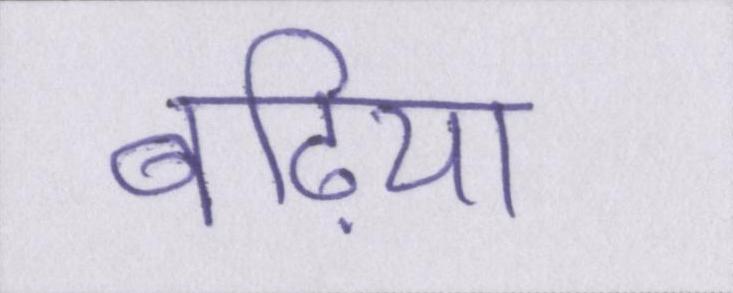
बढि़या